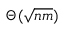
\Theta ( { \sqrt { n m } } )